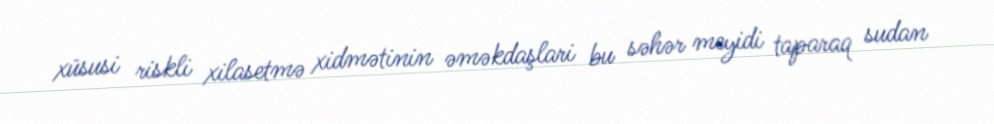
xüsusi riskli xilasetmə xidmətinin əməkdaşlari bu səhər meyidi taparaq sudan